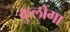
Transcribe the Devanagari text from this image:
कुलोंगा